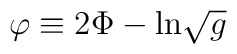
\varphi \equiv 2\Phi - {\rm ln}\sqrt{g}